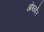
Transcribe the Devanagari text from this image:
ओब्जर्वर